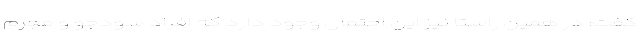
گفت: در همین راستا نیز این احتمال وجود دارد که افراد سودجو و مجرم